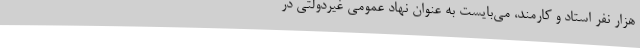
هزار نفر استاد و کارمند، می‌بایست به عنوان نهاد عمومی غیردولتی در